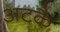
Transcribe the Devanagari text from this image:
अटकै